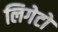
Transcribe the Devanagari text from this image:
लिगेटो